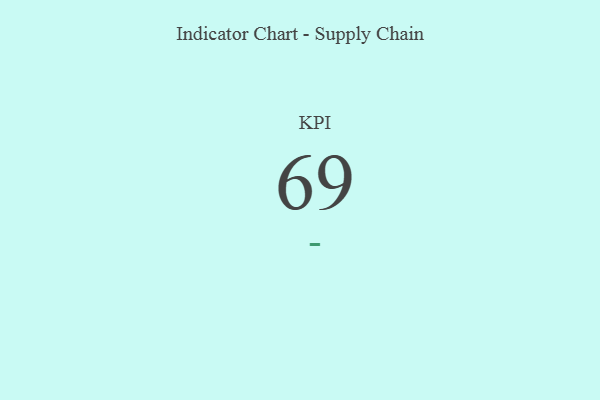
{"axis": {"x": "KPI", "y": "Value"}, "legend": [""], "data": [{"x": "KPI", "y": 69, "type": ""}]}